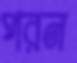
পরন